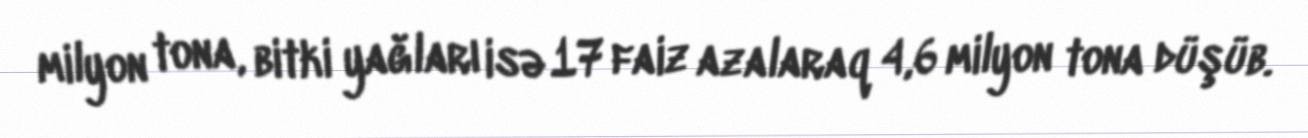
milyon tona, bitki yağları isə 17 faiz azalaraq 4,6 milyon tona düşüb.